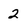
Character: 2